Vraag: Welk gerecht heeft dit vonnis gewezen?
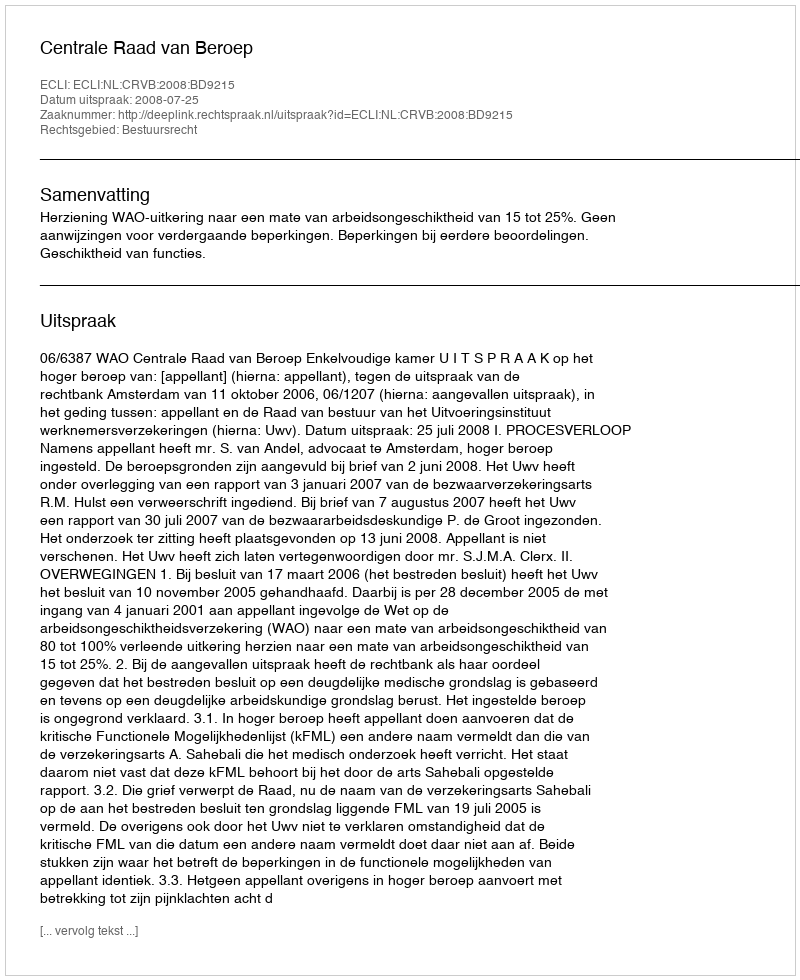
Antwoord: Centrale Raad van Beroep